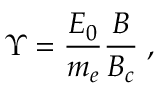
\Upsilon = \frac { E _ { 0 } } { m _ { e } } \frac { B } { B _ { c } } \; ,